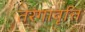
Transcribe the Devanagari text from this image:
तरंगावृत्ति